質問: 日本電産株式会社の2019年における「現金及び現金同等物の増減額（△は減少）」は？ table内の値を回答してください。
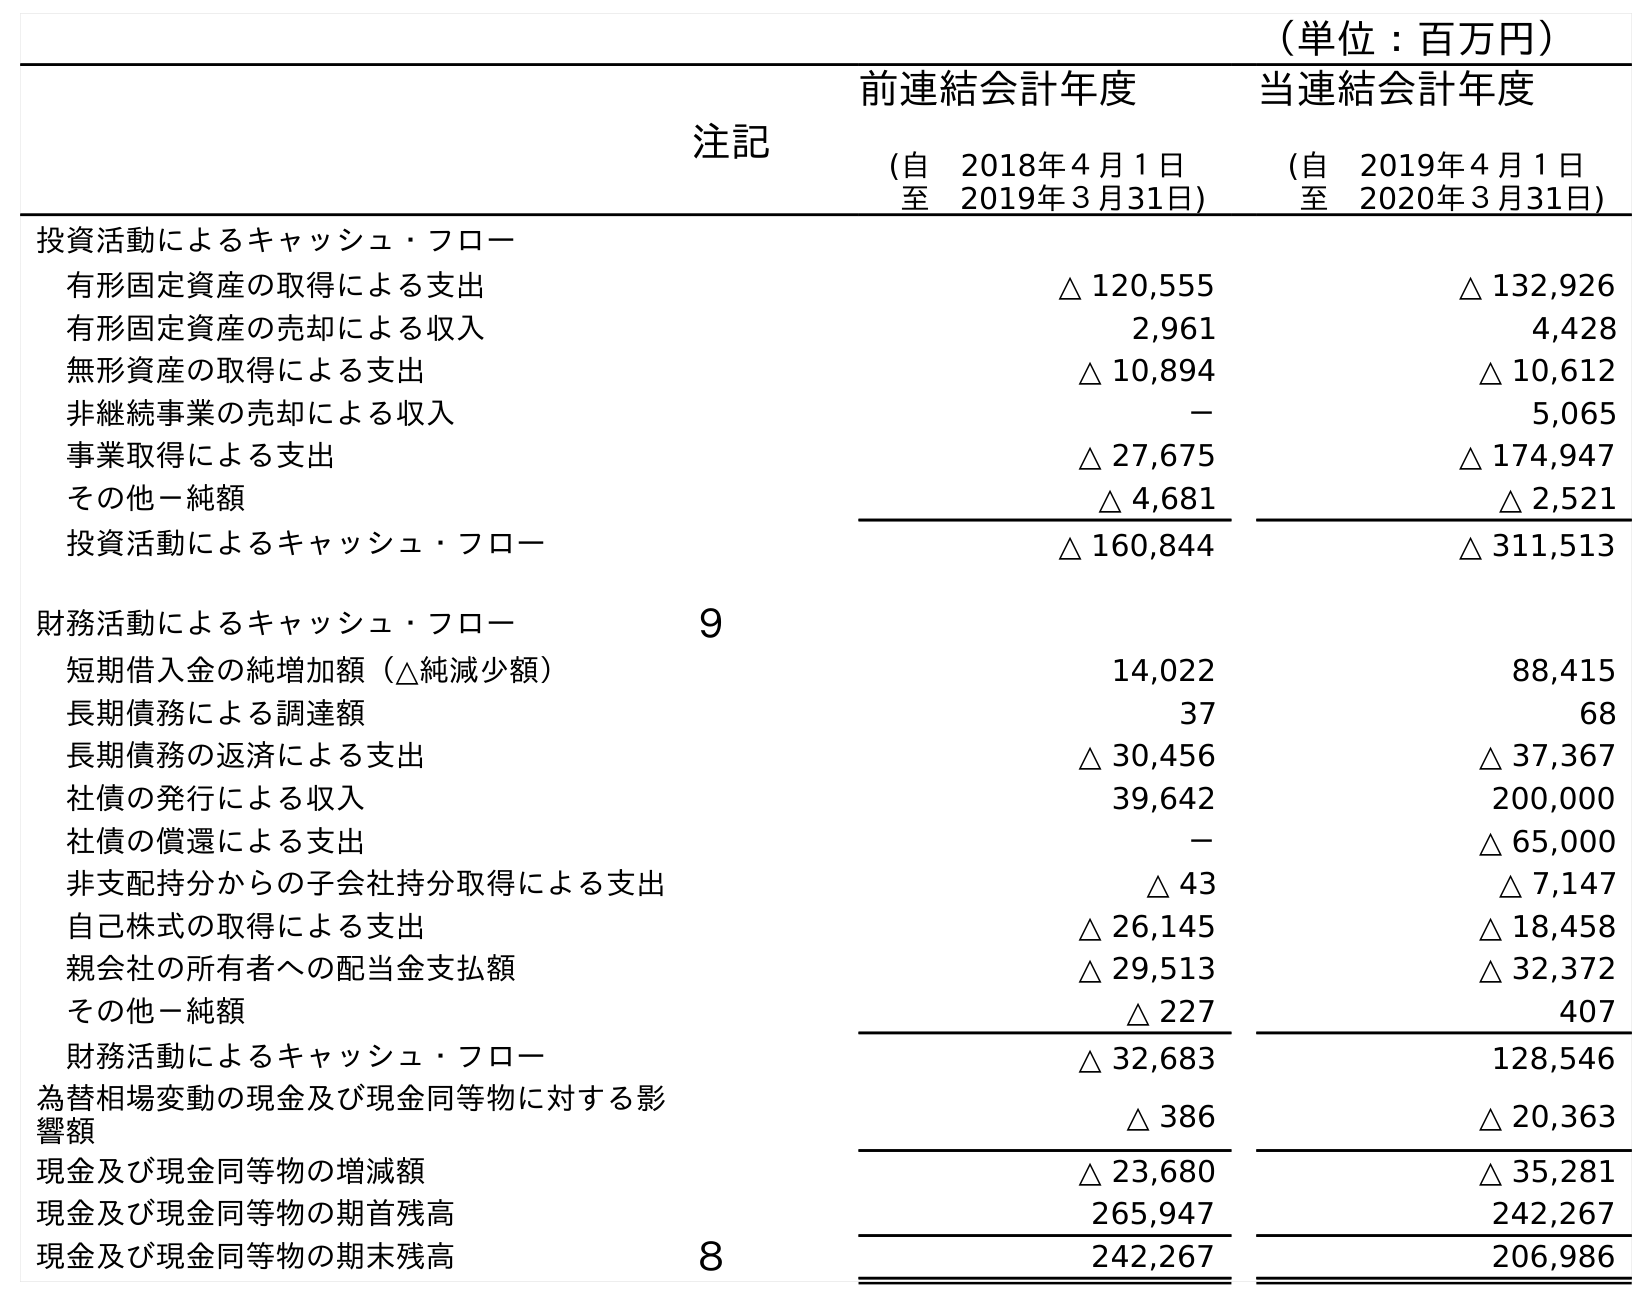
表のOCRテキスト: （単位：百万円） 注記 前連結会計年度 (自 2018年４月１日 至 2019年３月31日) 当連結会計年度 (自 2019年４月１日 至 2020年３月31日) 投資活動によるキャッシュ・フロー 有形固定資産の取得による支出 △ 120,555 △ 132,926 有形固定資産の売却による収入 2,961 4,428 無形資産の取得による支出 △ 10,894 △ 10,612 非継続事業の売却による収入 － 5,065 事業取得による支出 △ 27,675 △ 174,947 その他－純額 △ 4,681 △ 2,521 投資活動によるキャッシュ・フロー △ 160,844 △ 311,513 財務活動によるキャッシュ・フロー ９ 短期借入金の純増加額（△純減少額） 14,022 88,415 長期債務による調達額 37 68 長期債務の返済による支出 △ 30,456 △ 37,367 社債の発行による収入 39,642 200,000 社債の償還による支出 － △ 65,000 非支配持分からの子会社持分取得による支出 △ 43 △ 7,147 自己株式の取得による支出 △ 26,145 △ 18,458 親会社の所有者への配当金支払額 △ 29,513 △ 32,372 その他－純額 △ 227 407 財務活動によるキャッシュ・フロー △ 32,683 128,546 為替相場変動の現金及び現金同等物に対する影 響額 △ 386 △ 20,363 現金及び現金同等物の増減額 △ 23,680 △ 35,281 現金及び現金同等物の期首残高 265,947 242,267 現金及び現金同等物の期末残高 ８ 242,267 206,986
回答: △23,680